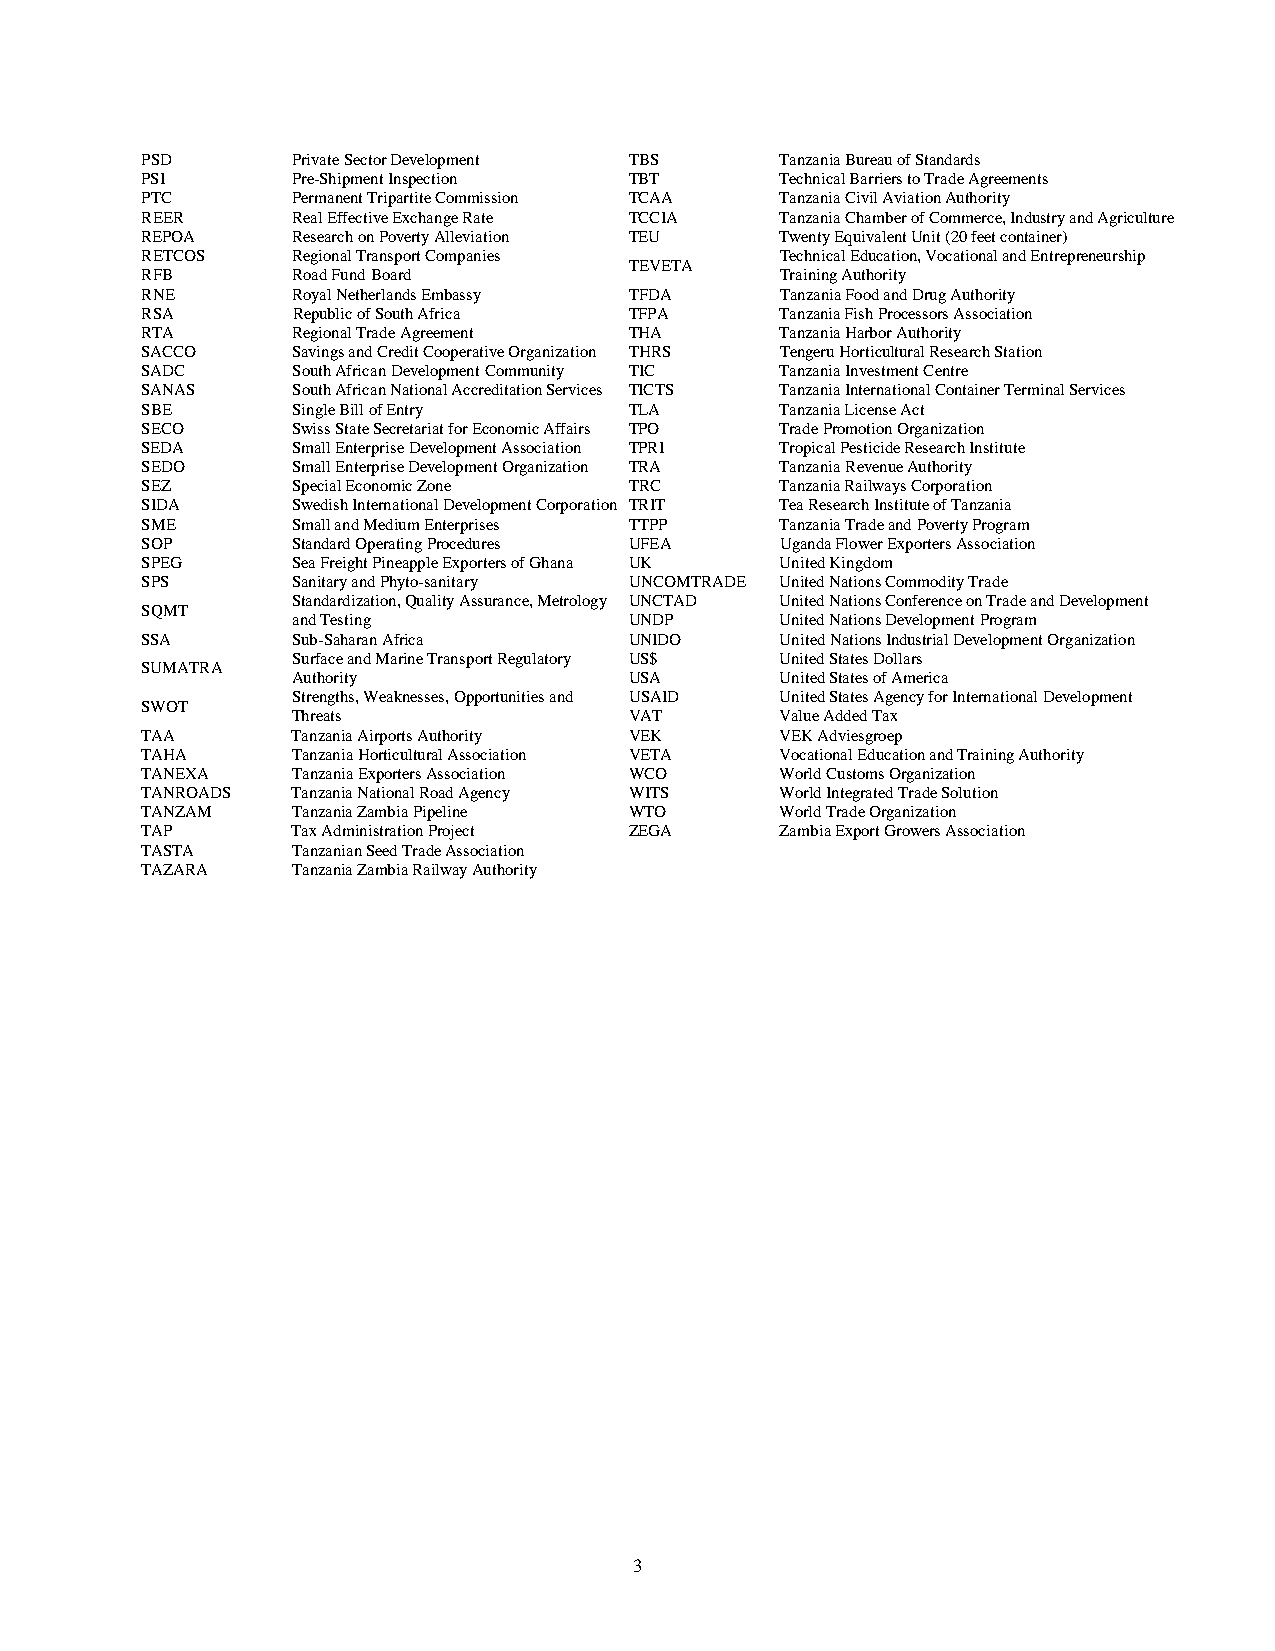
PSD       Private Sector Development TBS   Tanzania Bureau of Standards
 PSI       Pre-Shipment Inspection TBT      Technical Barriers to Trade Agreements
 PTC       Permanent Tripartite Commission TCAA Tanzania Civil Aviation Authority
 REER      Real Effective Exchange Rate TCCIA Tanzania Chamber of Commerce, Industry and Agriculture
 REPOA     Research on Poverty Alleviation TEU Twenty Equivalent Unit (20 feet container)
 RETCOS    Regional Transport Companies     Technical Education, Vocational and Entrepreneurship
 TEVETA
 RFB       Road Fund Board                  Training Authority
 RNE       Royal Netherlands Embassy TFDA   Tanzania Food and Drug Authority
 RSA       Republic of South Africa TFPA    Tanzania Fish Processors Association
 RTA       Regional Trade Agreement THA     Tanzania Harbor Authority
 SACCO     Savings and Credit Cooperative Organization THRS Tengeru Horticultural Research Station
 SADC      South African Development Community TIC Tanzania Investment Centre
 SANAS     South African National Accreditation Services TICTS Tanzania International Container Terminal Services
 SBE       Single Bill of Entry   TLA       Tanzania License Act
 SECO      Swiss State Secretariat for Economic Affairs TPO Trade Promotion Organization
 SEDA      Small Enterprise Development Association TPRI Tropical Pesticide Research Institute
 SEDO      Small Enterprise Development Organization TRA Tanzania Revenue Authority
 SEZ       Special Economic Zone  TRC       Tanzania Railways Corporation
 SIDA      Swedish International Development Corporation TRIT Tea Research Institute of Tanzania
 SME       Small and Medium Enterprises TTPP Tanzania Trade and Poverty Program
 SOP       Standard Operating Procedures UFEA Uganda Flower Exporters Association
 SPEG      Sea Freight Pineapple Exporters of Ghana UK United Kingdom
 SPS       Sanitary and Phyto-sanitary UNCOMTRADE United Nations Commodity Trade
 Standardization, Quality Assurance, Metrology UNCTAD United Nations Conference on Trade and Development
 SQMT
 and Testing            UNDP      United Nations Development Program
 SSA       Sub-Saharan Africa     UNIDO     United Nations Industrial Development Organization
 Surface and Marine Transport Regulatory US$ United States Dollars
 SUMATRA
 Authority              USA       United States of America
 Strengths, Weaknesses, Opportunities and USAID United States Agency for International Development
 SWOT
 Threats                VAT       Value Added Tax
 TAA       Tanzania Airports Authority VEK  VEK Adviesgroep
 TAHA      Tanzania Horticultural Association VETA Vocational Education and Training Authority
 TANEXA    Tanzania Exporters Association WCO World Customs Organization
 TANROADS  Tanzania National Road Agency WITS World Integrated Trade Solution
 TANZAM    Tanzania Zambia Pipeline WTO     World Trade Organization
 TAP       Tax Administration Project ZEGA  Zambia Export Growers Association
 TASTA     Tanzanian Seed Trade Association
 TAZARA    Tanzania Zambia Railway Authority
 3